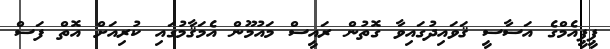
ޕީޕީއެމްގެ އަސާސީ ޤަވައިދުގައިވާ ގޮތުން ރައީސް މައުމޫން އެމަޤާމުގައި ކުރިއަށް އޮތް ފަސް